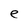
Character: e